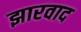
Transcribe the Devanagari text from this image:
झारवाद